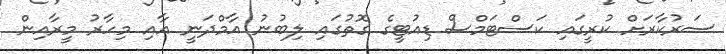
ސަރުކާރަށް ކުރީގައި ކަސްޓަމްސް ޑިއުޓީގެ ގޮތުގައި ލިބުނު އާމްދަނީ އާއި މިހާރު މީރާއިން